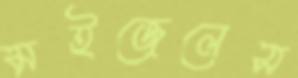
মইজেলেস